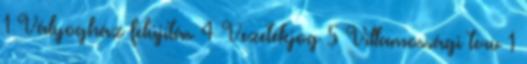
1 Vályogház felújítás 4 Vezetékjog 5 Villamossági terv 1